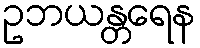
ဥဘယန္တရေန